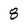
Character: 8